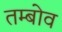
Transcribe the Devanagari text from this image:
तम्बोव